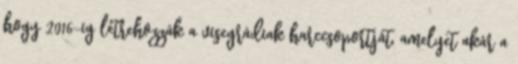
hogy 2016-ig létrehozzák a visegrádiak harccsoportját, amelyet akár a